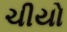
ચીયો